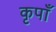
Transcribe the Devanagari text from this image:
कृपाँ